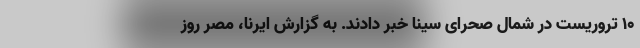
۱۰ تروریست در شمال صحرای سینا خبر دادند. به گزارش ایرنا، مصر روز